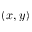
( x , y )